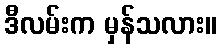
ဒီလမ်းက မှန်သလား။